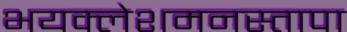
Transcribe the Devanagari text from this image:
भयक्लेशमनस्तापा